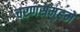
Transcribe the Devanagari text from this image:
चरणसमुहमे